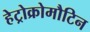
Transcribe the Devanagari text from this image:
हेट्रोक्रोमौटिन